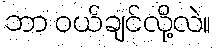
ဘာ ဝယ်ချင်လို့လဲ။